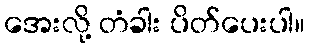
အေးလို့ တံခါး ပိတ်ပေးပါ။